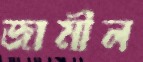
জামীল